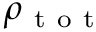
\rho _ { \mathrm { ~ t ~ o ~ t ~ } }